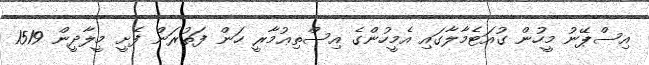
އިސްޕޭނު މީހުން ގުއަޓެމާލާގައި އެމީހުންގެ އިސްތިޢުމާރީ ހަން ފަތުރަން ފެށީ މީލާދީން 1519